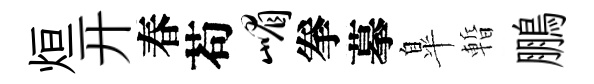
烜开春苟嵋拳摹臯暫鵬